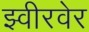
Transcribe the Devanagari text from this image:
झ्वीरवेर